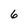
Character: 6